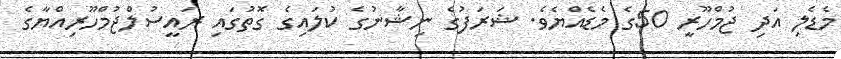
މެޑެލި އަދި ޖުމްހޫރީ 50ގެ މެޑެއްޔެވެ. ޝަރަފުގެ ނިޝާނުގެ ކުލައިގެ ގޮތުގައި ރައީސުލްޖުމްހޫރިއްޔާގެ